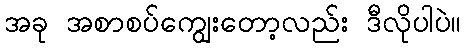
အခု အစာစပ်ကျွေးတော့လည်း ဒီလိုပါပဲ။